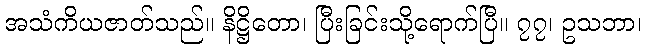
အသံကိယဇာတ်သည်။ နိဋ္ဌိတော၊ ပြီးခြင်းသို့ရောက်ပြီ။ ၇၇၊ ဥသဘာ၊